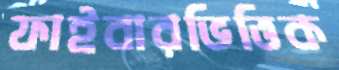
ফাইবারভিত্তিক